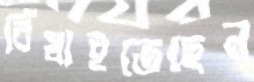
বিঁধাইতেছেন